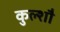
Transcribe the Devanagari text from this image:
कुल्शौ